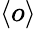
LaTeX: \langle o\rangle